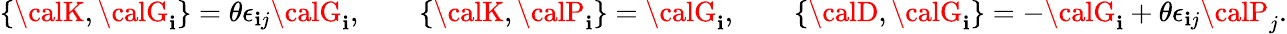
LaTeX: \{ {\calK},{\calG}_{\mathbf{i}}\} =\theta\epsilon_{\mathbf{i}j}{\calG}_{\mathbf{i}},\qquad\{ {\calK},{\calP}_{\mathbf{i}}\} ={\calG}_{\mathbf{i}},\qquad\{ {\calD},{\calG}_{\mathbf{i}}\} =-{\calG}_{\mathbf{i}}+\theta\epsilon_{\mathbf{i}j}{\calP}_{j}.